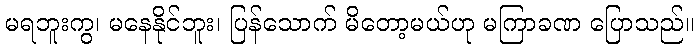
မရဘူးကွ၊ မနေနိုင်ဘူး၊ ပြန်သောက် မိတော့မယ်ဟု မကြာခဏ ပြောသည်။